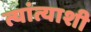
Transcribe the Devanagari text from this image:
त्यांत्याशी